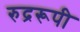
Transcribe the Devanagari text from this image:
रुद्ररूपी